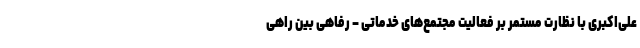
علی‌اکبری با نظارت مستمر بر فعالیت مجتمع‌های خدماتی – رفاهی بین راهی